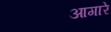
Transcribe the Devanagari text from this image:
आगारे